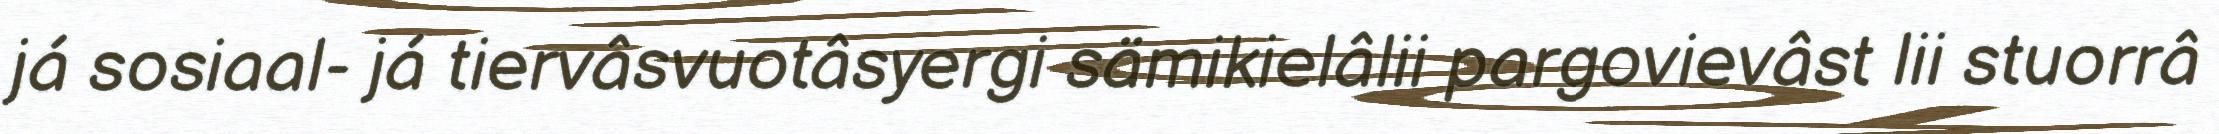
já sosiaal- já tiervâsvuotâsyergi sämikielâlii pargovievâst lii stuorrâ